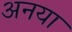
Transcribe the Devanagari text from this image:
अनया